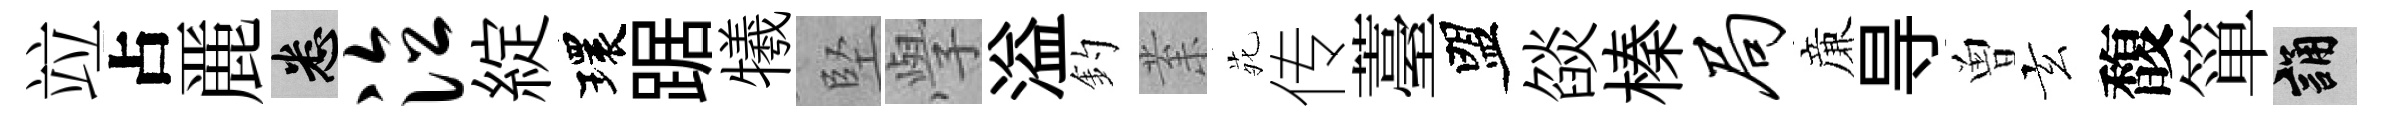
竝占䴡悉泣綻環踞犧堅𭓕溢釣𭪙𫟍传薹盟燄榛局亷㝵曽玄馥箪誦